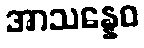
အာသန္နေဝ